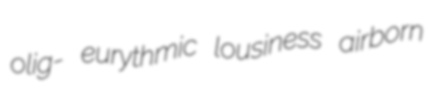
olig- eurythmic lousiness airborn